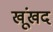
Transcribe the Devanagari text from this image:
खूंखद